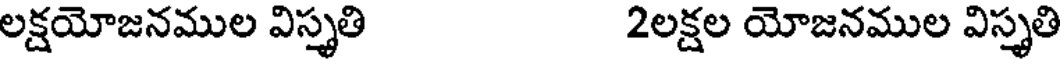
లక్షయోజనముల విస్తృతి 2లక్షల యోజనముల విస్తృతి